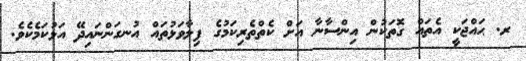
ރ. ޙައްޖަކީ އެތައް ގޮތަކުން އިންސާނާ އަށް ކެތްތެރިކަމުގެ ފިލާވަޅުތައް އުނގަންނައިދޭ އަޅުކަމެކެވެ.